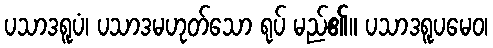
ပသာဒရူပံ၊ ပသာဒမဟုတ်သော ရုပ် မည်၏။ ပသာဒရူပမေဝ၊